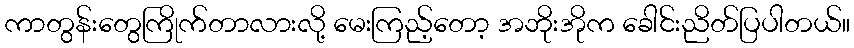
ကာတွန်းတွေကြိုက်တာလားလို့ မေးကြည့်တော့ အဘိုးအိုက ခေါင်းညိတ်ပြပါတယ်။